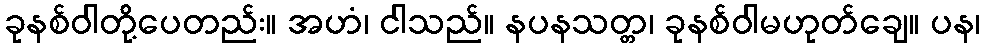
ခုနစ်ဝါတို့ပေတည်း။ အဟံ၊ ငါသည်။ နပနသတ္တ၊ ခုနစ်ဝါမဟုတ်ချေ။ ပန၊